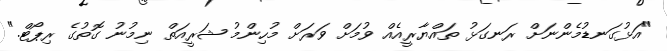
"އަޅުގަނޑުމެންނަށް ރަނގަޅު ތައްޔާރީއެއް ވުމަށް ވަރަށް މުހިންމު ޝަރީއަތް ނިމުނު ގޮތުގެ ރިޕޯޓް."